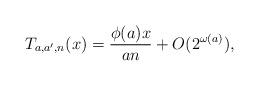
LaTeX: \begin{align*}T_{a,a^\prime,n}(x)=\frac{\phi(a)x}{an}+O(2^{\omega(a)}),\end{align*}